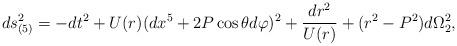
LaTeX: \begin{align*}ds_{(5)}^2=-dt^2 +U(r)(dx^5+ 2P\cos\theta d\varphi)^2 +{dr^2\over U(r)}+(r^2-P^2)d\Omega_2^2,\end{align*}